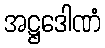
အဋ္ဌဒေါဏံ